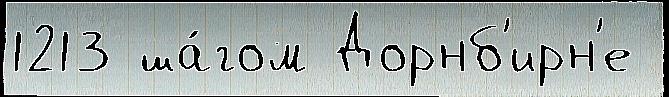
1213 ша́гом Дорнб'ирн'е